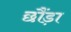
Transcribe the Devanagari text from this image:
छौंड़ा